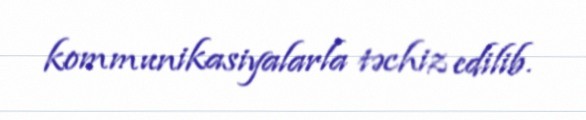
kommunikasiyalarla təchiz edilib.